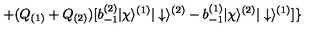
+ ( Q _ { ( 1 ) } + Q _ { ( 2 ) } ) [ b _ { - 1 } ^ { ( 2 ) } | \chi \rangle ^ { ( 1 ) } | \downarrow \rangle ^ { ( 2 ) } - b _ { - 1 } ^ { ( 1 ) } | \chi \rangle ^ { ( 2 ) } | \downarrow \rangle ^ { ( 1 ) } ] \mathrm { \Large { \} } }